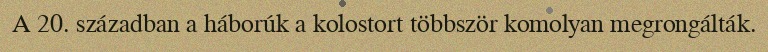
A 20. században a háborúk a kolostort többször komolyan megrongálták.